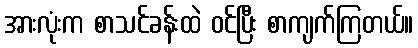
အားလုံးက စာသင်ခန်းထဲ ဝင်ပြီး စာကျက်ကြတယ်။